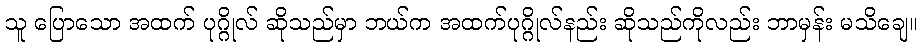
သူ ပြောသော အထက် ပုဂ္ဂိုလ် ဆိုသည်မှာ ဘယ်က အထက်ပုဂ္ဂိုလ်နည်း ဆိုသည်ကိုလည်း ဘာမှန်း မသိချေ။